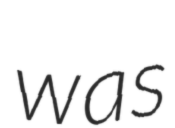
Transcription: was